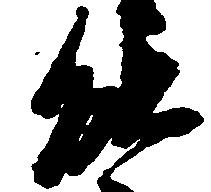
能